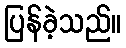
ပြန်ခဲ့သည်။